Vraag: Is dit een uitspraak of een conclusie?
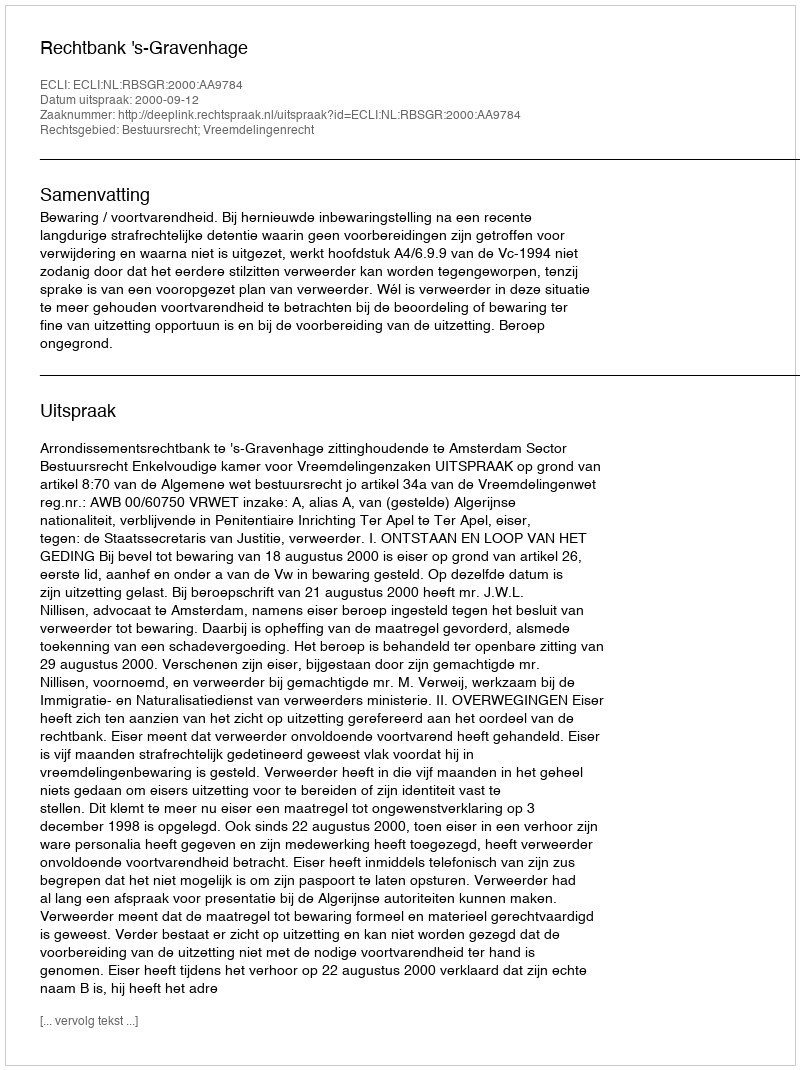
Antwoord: Uitspraak